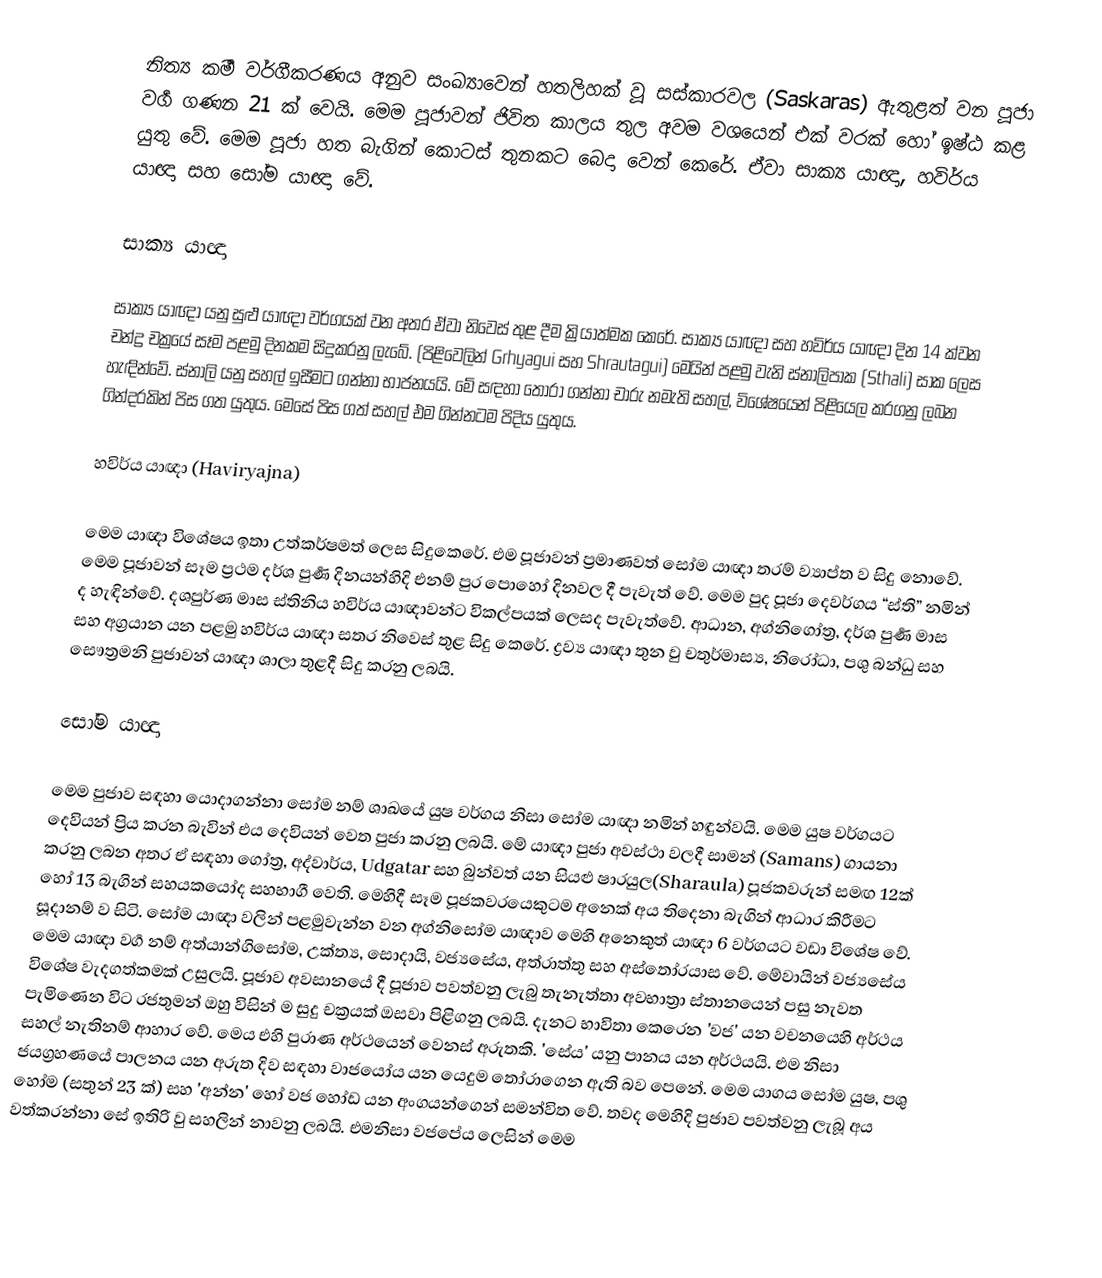
නිත්‍ය කර්‍ම වර්ගීකරණය අනුව සංඛ්‍යාවෙන් හතලිහක් වූ සස්කාරවල (Saskaras) ඇතුළත් වන පූජා  වර්‍ග ගණන  21 ක් වෙයි. මෙම පූජාවන් ජිවිත කාලය තුල අවම වශයෙන් එක් වරක් හෝ ‍ඉෂ්ඨ කළ යුතු වේ. මෙම පූජා හත බැගින් කොටස් තුනකට බෙදා වෙන් කෙරේ. ඒවා සාක්‍ය යාඥා, හවිර්ය යාඥා සහ සෝම යාඥා වේ.

සාක්‍ය යාඥා

සාක්‍ය යාඥා යනු සුළු යාඥා වර්ගයක් වන අතර ඒවා නිවෙස් තුළ දීම ක්‍රියාත්මක කෙරේ. සාක්‍ය යාඥා සහ හවිර්ය යාඥා දින 14  ක්වන චන්ද්‍ර චක්‍රයේ සෑම පළමු දිනකම සිදුකරනු ලැබේ. (පිළිවෙලින්  Grhyagui සහ Shrautagui) මෙයින් පළමු වැනි ස්නාලිපාක  (Sthali) සාක ලෙස හැඳින්වේ. ස්නාලි යනු සහල් ඉසීමට ගන්නා භාජනයයි. මේ සඳහා තෝරා ගන්නා චාරු නමැති සහල්, විශේෂයෙන් පිළියෙල කරගනු ලබන ගින්දරකින් පිස ගත යුතුය. මෙසේ පිස ගත් සහල් එම ගින්නටම පිදිය යුතුය.

හවිර්ය යාඥා  (Haviryajna)

මෙම යාඥා විශේෂය ඉතා උත්කර්ෂමත් ලෙස සිදුකෙරේ. එම පූජාවන් ප්‍රමාණවත් සෝම යාඥා තරම් ව්‍යාප්ත ‍ව සිදු නොවේ. මෙම පූජාවන් සෑම ප්‍රථම දර්ශ පුර්‍ණ දිනයන්හිදි එනම් පුර පොහෝ දිනවල දී පැවැත් වේ. මෙම පුද පූජා දෙවර්ගය “ස්ති” නමින් ද හැඳින්වේ. දශපුර්ණ මාස  ස්තිනිය හවිර්ය යාඥාවන්ට විකල්පයක් ලෙසද පැවැත්වේ.  ආධාන, අග්නිගෝත්‍ර, දර්ශ පුර්‍ණ මාස සහ අග්‍රයාන යන පළමු හවිර්ය යාඥා සතර නිවෙස් තුළ සිදු කෙරේ. ද්‍රව්‍ය යාඥා තුන වු චතුර්මාස්‍ය, නිරෝධා, පශු බන්ධු සහ සෞත්‍රමනි පුජාවන් යාඥා ශාලා තුළදී සිදු කරනු ලබයි.

සෝම  යාඥා

මෙම පුජාව සඳහා යොදාගන්නා සෝම නම් ශාඛයේ යුෂ වර්ගය නිසා සෝම යාඥා නමින් හඳුන්වයි. මෙම යුෂ වර්ගයට දෙවියන් ප්‍රිය කරන බැවින් එය දෙවියන් වෙත පුජා කරනු ලබයි. මේ යාඥා පුජා අවස්ථා වලදී සාමන් (Samans) ගායනා කරනු ලබන අතර ඒ සඳහා ගෝත්‍ර, අද්වාර්ය, Udgatar සහ බුන්වත් යන සියළු ෂාරයුල(Sharaula) පූජකවරුන් සමඟ 12ක්  හෝ 13 බැගින් සහයකයෝද සහභාගී වෙති. මෙහිදී සෑම පූජකවරයෙකුටම ‍අනෙක් අය තිදෙනා බැගින් ආධාර කිරීමට සූදානම් ව සිටි. සෝම යාඥා වලින් පළමුවැන්න වන අග්නිසෝම යාඥාව මෙහි අනෙකුත් යාඥා 6 වර්ගයට වඩා විශේෂ වේ. මෙම යාඥා වර්‍ග නම්  අත්යාන්ගිසෝම, උක්ත්‍ය, සොදායි, වජ්‍යසේය, අත්රාත්තු සහ අස්තෝරයාස වේ. මේවායින් වජ්‍යසේය විශේෂ වැදගත්කමක් උසුලයි. පූජාව අවසානයේ දී පූජාව පවත්වනු ලැබු තැනැත්තා අවභාත්‍රා ස්තානයෙන් පසු නැවත පැමිණෙන විට රජතුමන් ඔහු විසින් ම සුදු චක්‍රයක් ඔසවා පිළිගනු ලබයි. දැනට භාවිතා කෙරෙන 'වජ' යන  වචනයෙහි අර්ථය සහල් නැතිනම් ආහාර වේ. මෙය එහි  පුරාණ අර්ථයෙන් වෙනස් අරුතකි. 'සේය' යනු පානය යන අර්ථයයි. එම නිසා ජයග්‍රහණයේ පාලනය යන අරුත දිව සඳහා වාජයෝය යන යෙදුම තෝරාගෙන ඇති බව පෙනේ. මෙම යාගය සෝම යුෂ, පශු හෝම (සතුන් 23 ක්) සහ 'අන්න' හෝ වජ හෝඩ යන අංගයන්ගෙන් සමන්විත වේ. තවද මෙහිදි පුජාව පවත්වනු ලැබූ ‍අය වත්කරන්නා සේ ඉතිරි වු සහලින් නාවනු ලබයි. එමනිසා වජපේය ලෙසින් මෙම